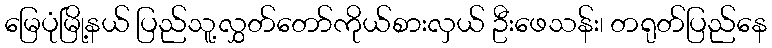
မြေပုံမြို့နယ် ပြည်သူ့လွှတ်တော်ကိုယ်စားလှယ် ဦးဖေသန်း၊ တရုတ်ပြည်နေ